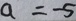
a = - 5